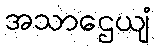
အသာဌေယျံ